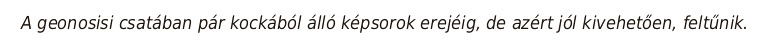
A geonosisi csatában pár kockából álló képsorok erejéig, de azért jól kivehetően, feltűnik.